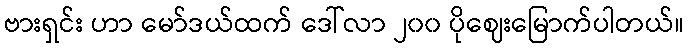
ဗားရှင်း ဟာ မော်ဒယ်ထက် ဒေါ်လာ ၂၀၀ ပိုဈေးမြောက်ပါတယ်။